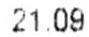
21.09